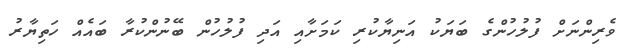
ވެރިންނަށް ފުލުހުންގެ ބަޔަކު އަނިޔާކުރި ކަމަށާއި އަދި ފުލުހުން ބޭނުންކުރާ ބައެއް ހަތިޔާރު